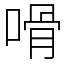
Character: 嗗